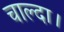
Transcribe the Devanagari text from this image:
चाल्दा।